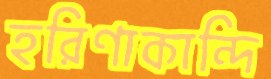
হরিণাকান্দি